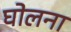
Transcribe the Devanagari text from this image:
घोलना